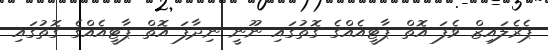
ޕެރެލައިޒް ވެފަ އޮތް ޕާޓީއެއްގެ ގޮތުގައި ނޫނީ ނިދާފަ އޮތް ޕާޓީއެއްގެ ގޮތުގައި